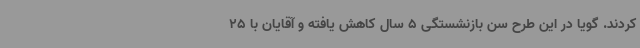
کردند. گویا در این طرح سن بازنشستگی 5 سال کاهش یافته و آقایان با 25